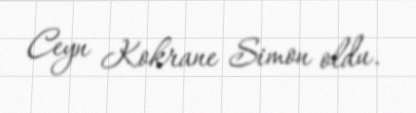
Ceyn Kokrane Simon oldu.